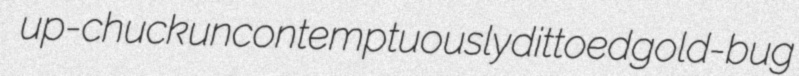
up-chuck uncontemptuously dittoed gold-bug